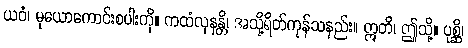
ယဝံ၊ မုယောကောင်းစပါးကို။ ကထံလုနန္တိ၊ အသို့ရိတ်ကုန်သနည်း။ ဣတိ၊ ဤသို့။ ပုစ္ဆိ၊